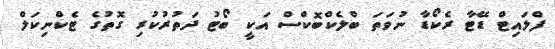
ފްލައިޓް ޑޭޓާ ރެކޯޑާ ނުވަތަ ބްލެކްބޮކްސް އަކީ ބޯޓު ދަތުރުކުރި ގޮތުގެ ޓެކްނިކަލް